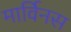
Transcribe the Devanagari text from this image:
मार्विनस